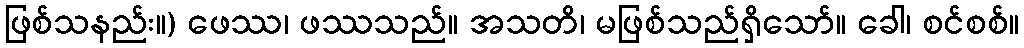
ဖြစ်သနည်း။) ဖေဿ၊ ဖဿသည်။ အသတိ၊ မဖြစ်သည်ရှိသော်။ ခေါ၊ စင်စစ်။